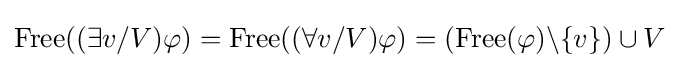
{\mbox{Free}}((\exists v/V)\varphi )={\mbox{Free}}((\forall v/V)\varphi )=({\mbox{Free}}(\varphi )\backslash \{v\})\cup V